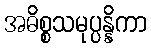
အဓိစ္စသမုပ္ပန္နိကာ